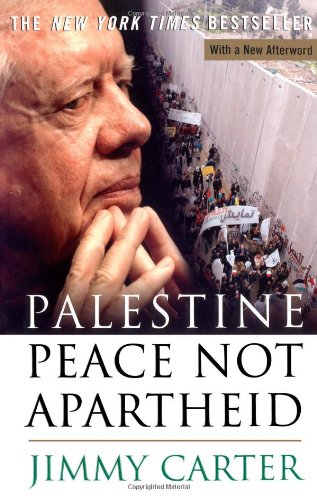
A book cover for Palestine: Peace Not Apartheid; Jimmy Carter; History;